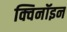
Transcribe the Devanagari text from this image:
क्विनॉइन